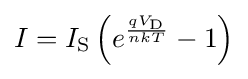
I=I_{\mathrm {S} }\left(e^{qV_{\mathrm {D} } \over nkT}-1\right)